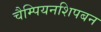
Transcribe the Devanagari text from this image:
चैम्पियनशिपबन